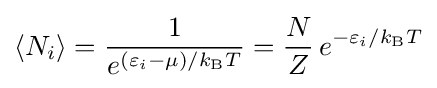
\langle N_{i}\rangle ={\frac {1}{e^{(\varepsilon _{i}-\mu )/k_{\text{B}}T}}}={\frac {N}{Z}}\,e^{-\varepsilon _{i}/k_{\text{B}}T}